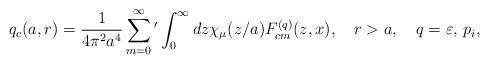
LaTeX: \begin{align*}q_c(a,r)=\frac{1}{4\pi ^2a^4}\sum_{m=0}^{\infty}{'}\int_{0}^{\infty}{dz\chi _\mu (z/a)F_{cm}^{(q)}(z,x)},\quad r>a, \quad q=\varepsilon ,\, p_i,\end{align*}